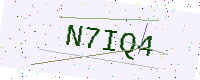
Text: N7IQ4